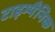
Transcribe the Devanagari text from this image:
टाइम्पैनिक